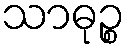
သာဓုဉ္စ